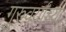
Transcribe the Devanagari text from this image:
गुरुवर्यांच्या